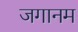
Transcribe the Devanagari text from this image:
जगानम